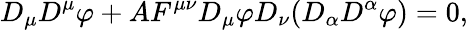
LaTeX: D_{\mu}D^{\mu}\varphi+AF^{\mu\nu}D_{\mu}\varphi D_{\nu}(D_{\alpha}D^{\alpha}\varphi)=0,